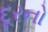
દૂરનો